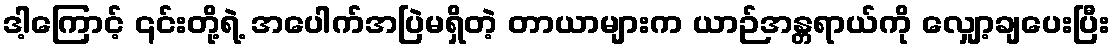
ဒါ့ကြောင့် ၎င်းတို့ရဲ့ အပေါက်အပြဲမရှိတဲ့ တာယာများက ယာဉ်အန္တရာယ်ကို လျှော့ချပေးပြီး